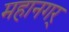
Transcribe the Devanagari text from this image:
महानगर्